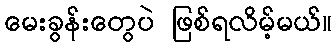
မေးခွန်းတွေပဲ ဖြစ်ရလိမ့်မယ်။